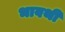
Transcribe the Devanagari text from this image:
भावथी